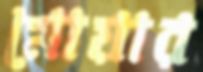
মোয়ার